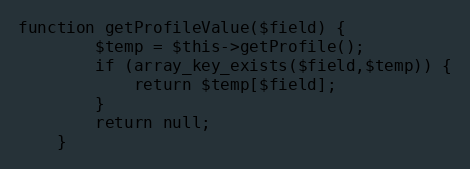
Language: PHP
function getProfileValue($field) {
		$temp = $this->getProfile();
		if (array_key_exists($field,$temp)) {
			return $temp[$field];
		}
		return null;
	}